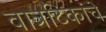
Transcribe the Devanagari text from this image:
वात्रटिकांचे